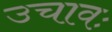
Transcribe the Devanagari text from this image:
उचावः